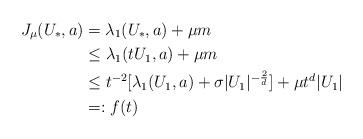
LaTeX: \begin{align*} J_\mu(U_*,a) &= \lambda_1(U_*,a) +\mu m \\ &\leq \lambda_1(tU_1,a) + \mu m \\ &\leq t^{-2}[\lambda_1(U_1,a)+\sigma|U_1|^{-\frac{2}{d}}] + \mu t^{d}|U_1| \\ &=: f(t) \end{align*}